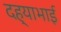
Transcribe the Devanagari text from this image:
दह्याभाई